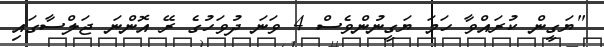
"ޔަގީން ކުރައްވާ ހަމަ ޔަގީނުންވެސް 4 ވަނަ ދުވަހުގެ ރޭ އޮންނަ ޖަލްސާގައި